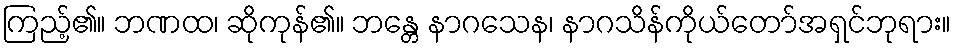
ကြည့်၏။ ဘဏထ၊ ဆိုကုန်၏။ ဘန္တေ နာဂသေန၊ နာဂသိန်ကိုယ်တော်အရှင်ဘုရား။